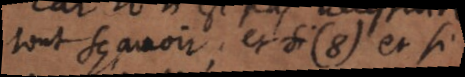
tout sçavoir; et si (8) et si